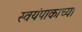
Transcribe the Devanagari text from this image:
स्वयंपाकाच्या